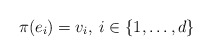
\begin{align*} \pi(e_i)=v_{i},\hskip1mm i\in\{1,\ldots,d\}\end{align*}